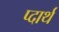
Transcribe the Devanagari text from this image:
प्दार्थ